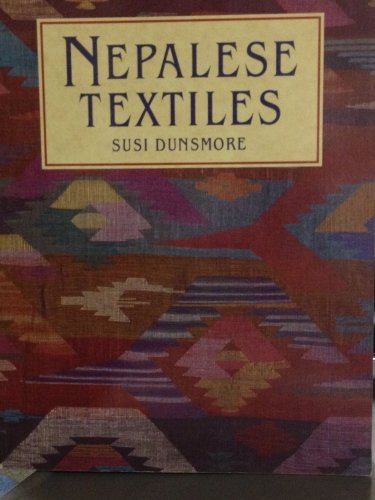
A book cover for Nepalese Textiles; Susi Dunsmore; Business & Money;